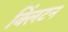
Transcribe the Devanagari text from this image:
क्‍लिंटन